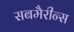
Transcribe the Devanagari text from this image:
सबमैरीन्स